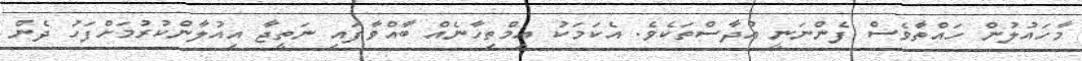
މާހައުލުން ހައްތާވެސް ފެންނަނީ އުދާސްތަކެވެ. އެކަމަކު އިމްތިހާނެއް ބާއްވާފައި ނަތީޖާ އިއުލާންކުރުމަށްފަހު ދެން